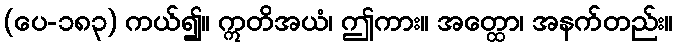
(ပေ-၁၈၃) ကယ်၍။ ဣတိအယံ၊ ဤကား။ အတ္ထော၊ အနက်တည်း။